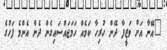
"އޭނާ އަށް ވަޒީފާ ދޭން ހުރިހާ ކަމެއް ހަމަޖައްސައިގެން ދެން އެންމެ ފަހުގެ